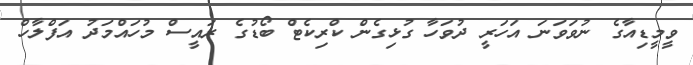
ވީމީޑިއާގެ ނުވަވަނަ އަހަރީ ދުވަހާ ގުޅިގެން ކްރިކެޓް ބޯޑުގެ ރައީސް މުހައްމަދު އަފްލާހް